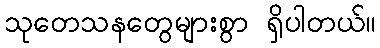
သုတေသနတွေများစွာ ရှိပါတယ်။